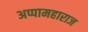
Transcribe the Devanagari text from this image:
अप्पामहाराज